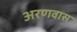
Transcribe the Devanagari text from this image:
अरणवास